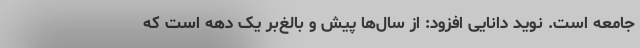
جامعه است. نوید دانایی افزود: از سال‌ها پیش و بالغ‌بر یک دهه است که